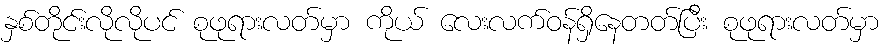
နှစ်တိုင်းလိုလိုပင် စုဖုရားလတ်မှာ ကိုယ် လေးလက်ဝန်ရှိနေတတ်ပြီး စုဖုရားလတ်မှာ